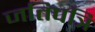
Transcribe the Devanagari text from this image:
जतिपत्रि